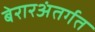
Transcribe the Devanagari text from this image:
बेरारअंतर्गत